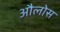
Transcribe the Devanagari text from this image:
औलोस